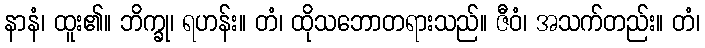
နာနံ၊ ထူး၏။ ဘိက္ခု၊ ရဟန်း။ တံ၊ ထိုသဘောတရားသည်။ ဇီဝံ၊ အသက်တည်း။ တံ၊